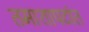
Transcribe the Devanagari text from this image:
तमाशापटांत